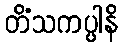
တိံသကပ္ပါနိ